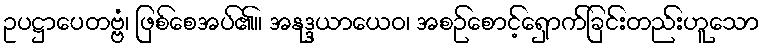
ဥပဋ္ဌာပေတဗ္ဗံ၊ ဖြစ်စေအပ်၏။ အနုဒ္ဒယာယေဝ၊ အစဉ်စောင့်ရှောက်ခြင်းတည်းဟူသော